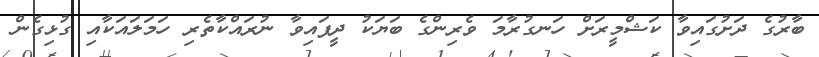
ބާރުގެ ދަށުގައިވާ ކަޝްމީރަށް ހަނގުރާމަ ވެރިންގެ ބަޔަކު ދީފައިވާ ނުރައްކާތެރި ހަމަލައަކާއި ގުޅިގެން